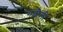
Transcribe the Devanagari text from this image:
गढ़ौली